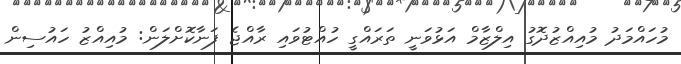
މުހައްމަދު މުއިއްޒުދޮގު އިލްޒާމް އަޅުވަނީ ތަރައްގީ ހުއްޓުވައި ރާއްޖެ ފަނާކޮށްލަން: މުއިއްޒު ހައުސިން